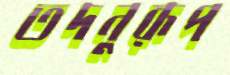
তদনুরূপ